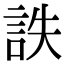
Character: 詄